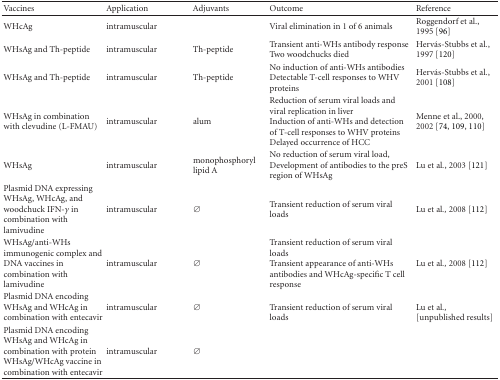
<table><thead><tr><td><b>Vaccines</b></td><td><b>Application</b></td><td><b>Adjuvants</b></td><td><b>Outcome</b></td><td><b>Reference</b></td></tr></thead><tbody><tr><td>WHcAg</td><td>intramuscular</td><td></td><td>Viral elimination in 1 of 6 animals</td><td>Roggendorf et al., 1995 [96]</td></tr><tr><td>WHsAg and Th-peptide</td><td>intramuscular</td><td>Th-peptide</td><td>Transient anti-WHs antibody responseTwo woodchucks died</td><td>Hervás-Stubbs et al., 1997 [120]</td></tr><tr><td>WHsAg and Th-peptide</td><td>intramuscular</td><td>Th-peptide</td><td>No induction of anti-WHs antibodiesDetectable T-cell responses to WHV proteins</td><td>Hervás-Stubbs et al., 2001 [108]</td></tr><tr><td>WHsAg in combination with clevudine (L-FMAU)</td><td>intramuscular</td><td>alum</td><td>Reduction of serum viral loads and viral replication in liverInduction of anti-WHs and detection of T-cell responses to WHV proteinsDelayed occurrence of HCC</td><td>Menne et al., 2000, 2002 [74, 109, 110]</td></tr><tr><td>WHsAg</td><td>intramuscular</td><td>monophosphoryl lipid A</td><td>No reduction of serum viral load, Development of antibodies to the preS region of WHsAg</td><td>Lu et al., 2003 [121]</td></tr><tr><td>Plasmid DNA expressing WHsAg, WHcAg, and woodchuck IFN-<i>γ</i> in combination with lamivudine</td><td>intramuscular</td><td><i>∅</i></td><td>Transient reduction of serum viral loads</td><td>Lu et al<i>.,</i> 2008 [112]</td></tr><tr><td>WHsAg/anti-WHs immunogenic complex and DNA vaccines in combination with lamivudine</td><td>intramuscular</td><td><i>∅</i></td><td>Transient reduction of serum viral loadsTransient appearance of anti-WHs antibodies and WHcAg-specific T cell response</td><td>Lu et al<i>.,</i> 2008 [112]</td></tr><tr><td>Plasmid DNA encoding WHsAg and WHcAg in combination with entecavir</td><td>intramuscular</td><td><i>∅</i></td><td rowspan="2">Transient reduction of serum viral loads</td><td rowspan="2">Lu et al<i>.,</i> [unpublished results]</td></tr><tr><td>Plasmid DNA encoding WHsAg and WHcAg in combination with protein WHsAg/WHcAg vaccine in combination with entecavir</td><td>intramuscular</td><td><i>∅</i></td></tr></tbody></table>